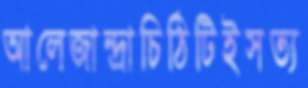
আলেজান্দ্রাচিঠিটিইসত্য